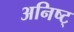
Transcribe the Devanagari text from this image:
अनिष्ट्